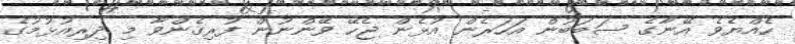
ހެއްޔެވެ އޭނާގެ ސަބަބުން އަހަރެން އުޅެން ޖެހޭ ވޭންނުން ފުރިގެންވާ މި ދިރިއުޅުމުގެ